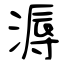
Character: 溽